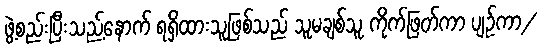
ဖွဲ့စည်းပြီးသည့်နောက် ရရှိထားသူဖြစ်သည် သူမချစ်သူ ကိုက်ဖြတ်ကာ ပျဉ်ကာ/